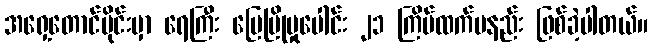
အရှေ့တောင်ပိုင်းမှာ ရေကြီး မြေပြိုမှုပေါင်း ၂၁ ကြိမ်ထက်မနည်း ဖြစ်ခဲ့ပါတယ်။